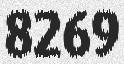
8269